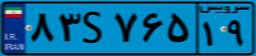
۸۵S۵۹۴۰۳